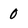
Character: 0